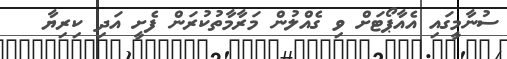
ސުނާމީގައި އެއާޕޯޓަށް ވި ގެއްލުން މަރާމާތުކުރަން ފެށީ އަދި ކިރިޔާ